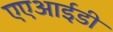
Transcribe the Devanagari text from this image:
एएआईडी